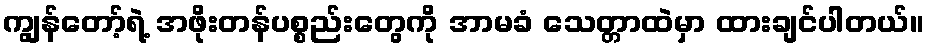
ကျွန်တော့်ရဲ့ အဖိုးတန်ပစ္စည်းတွေကို အာမခံ သေတ္တာထဲမှာ ထားချင်ပါတယ်။